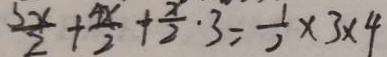
\frac { 3 x } { 2 } + \frac { 4 x } { 2 } + \frac { x } { 2 } \cdot 3 = \frac { 1 } { 2 } \times 3 \times 4